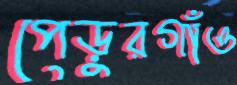
পেড়ুরগাঁও